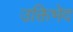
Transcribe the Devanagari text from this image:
उक्तिभेद